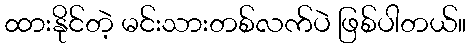
ထားနိုင်တဲ့ မင်းသားတစ်လက်ပဲ ဖြစ်ပါတယ်။